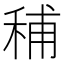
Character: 秿